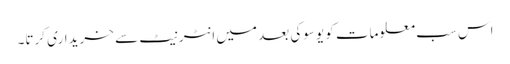
اس سب معلومات کو یوسوکی بعد میں انٹرنیٹ سے خریداری کرتا۔